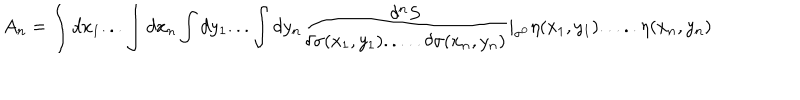
LaTeX: A _ { n } = \int d x _ { 1 } . . . \int d x _ { n } \int d y _ { 1 } . . . \int d y _ { n } { \frac { \delta ^ { n } S } { \delta \sigma ( x _ { 1 } , y _ { 1 } ) . . . . . \delta \sigma ( x _ { n } , y _ { n } ) } } | _ { \sigma ^ { 0 } } \eta ( x _ { 1 } , y _ { 1 } ) . . . . . \eta ( x _ { n } , y _ { n } )